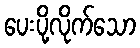
ပေးပို့လိုက်သော